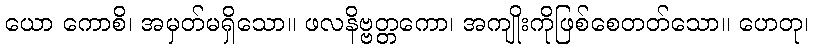
ယော ကောစိ၊ အမှတ်မရှိသော။ ဖလနိဗ္ဗတ္တကော၊ အကျိုးကိုဖြစ်စေတတ်သော။ ဟေတု၊